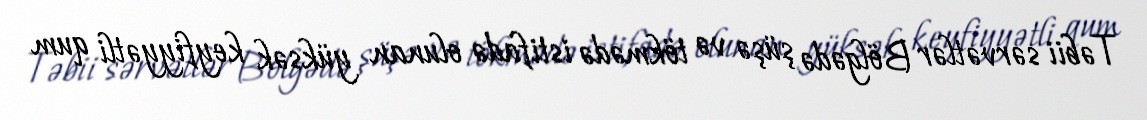
Təbii sərvətlər Bölgədə şüşə və tökmədə istifadə olunan yüksək keyfiyyətli qum